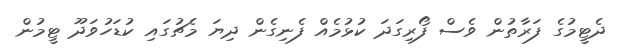
ދެޓީމުގެ ފަރާތުން ވެސް ފޯރިގަދަ ކުޅުމެއް ފެނިގެން ދިޔަ މެޗުގައި ކުޑަހުވަދޫ ޓީމުން